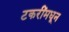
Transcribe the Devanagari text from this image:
टकरींमधून